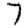
Digit: 7